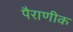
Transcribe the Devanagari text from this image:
पैराणीक